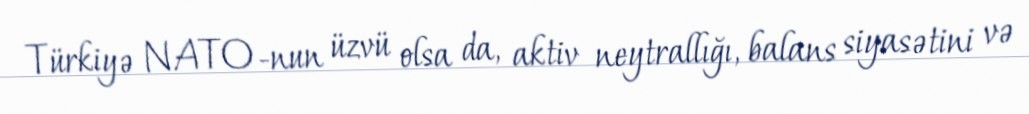
Türkiyə NATO-nun üzvü olsa da, aktiv neytrallığı, balans siyasətini və